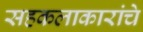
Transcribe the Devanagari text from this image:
सहकलाकारांचे